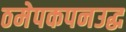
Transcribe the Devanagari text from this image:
ठमेपकपनउद्ध